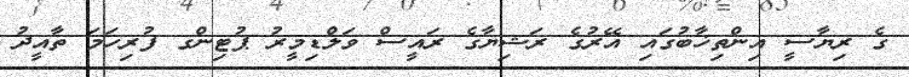
ގެ ރިޔާސީ އިންތިޚާބުގައި އޭރުގެ ރަޝިޔާގެ ރައީސް ވަލްޑިމީރު ޕުޓިންގ ފުރިހަމަ ތާއީދު